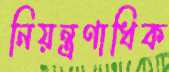
নিয়ন্ত্রণাধিক